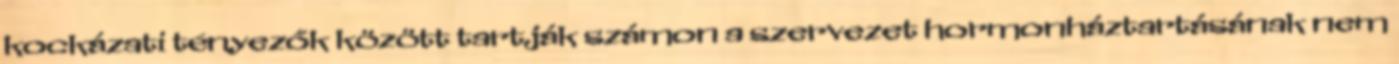
kockázati tényezők között tartják számon a szervezet hormonháztartásának nem